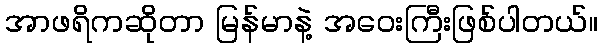
အာဖရိကဆိုတာ မြန်မာနဲ့ အဝေးကြီးဖြစ်ပါတယ်။